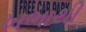
ખભાથી